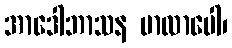
အာဒေါဘာသန မာလာပေါ၊